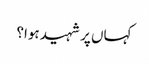
کہاں پر شہید ہوا؟